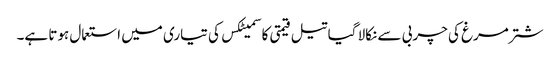
شتر مرغ کی چربی سے نکالا گیا تیل قیمتی کاسمیٹکس کی تیاری میں استعمال ہوتا ہے۔